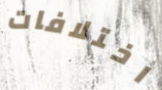
اختلافات